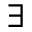
\exists